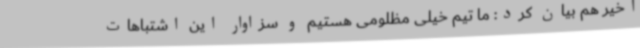
اخیر هم بیان کرد:‌ ما تیم خیلی مظلومی هستیم و سزاوار این اشتباهات